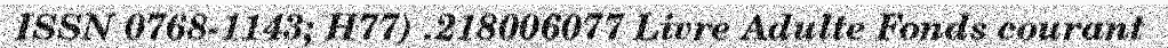
ISSN 0768-1143; H77) .218006077 Livre Adulte Fonds courant